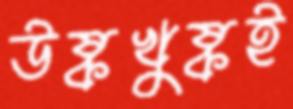
উষ্কখুষ্কই